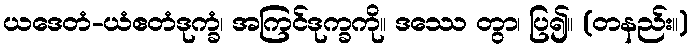
ယဒေတံ-ယံဧတံဒုက္ခံ၊ အကြင်ဒုက္ခကို။ ဒဿေ တွာ၊ ပြ၍။ (တနည်း။)